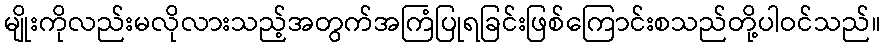
မျိုးကိုလည်းမလိုလားသည့်အတွက်အကြံပြုရခြင်းဖြစ်ကြောင်းစသည်တို့ပါဝင်သည်။